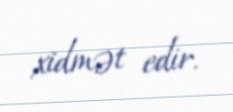
xidmət edir.